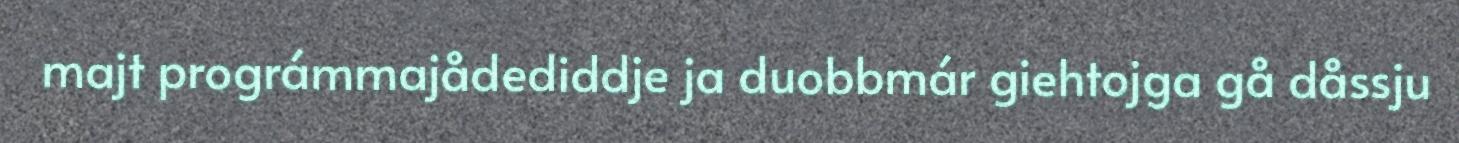
majt prográmmajådediddje ja duobbmár giehtojga gå dåssju